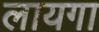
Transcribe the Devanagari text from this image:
लायगा